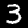
Label: 3